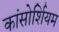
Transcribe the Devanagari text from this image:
कांसोर्शियम